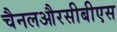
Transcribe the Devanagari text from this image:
चैनलऔरसीबीएस